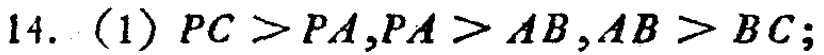
14. (1) \(PC > PA,PA > AB,AB > BC\);